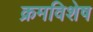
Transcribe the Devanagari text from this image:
क्रमविशेष